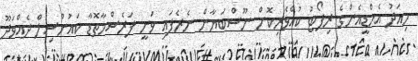
މިއަދު އެމްޑީއެންގެ ރިޕޯޓު ކުއްވެރިކޮށް ނޫސްބަޔާން ނެރެފައި ވަނީ ފަރެސްމާތޮޑާ ކައުންސިލް ދެއްވަދޫ